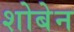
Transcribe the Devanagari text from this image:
शोबेन